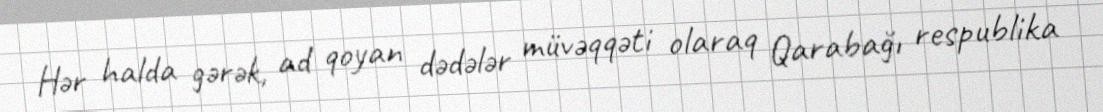
Hər halda gərək, ad qoyan dədələr müvəqqəti olaraq Qarabağı respublika